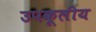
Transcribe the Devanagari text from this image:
उपकूलीय